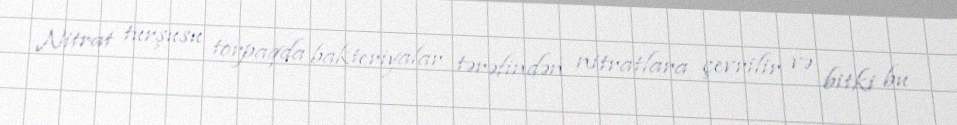
Nitrat turşusu torpaqda bakteriyalar tərəfindən nitratlara çevrilir və bitki bu